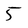
Character: 5